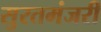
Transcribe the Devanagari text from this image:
सुरतमंजरी